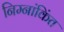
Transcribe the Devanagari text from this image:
निम्नांकिंत